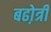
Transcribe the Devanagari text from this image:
बढो़त्री